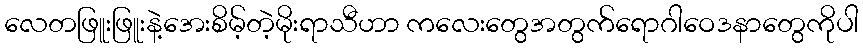
လေတဖြူးဖြူးနဲ့အေးစိမ့်တဲ့မိုးရာသီဟာ ကလေးတွေအတွက်ရောဂါဝေဒနာတွေကိုပါ